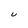
Character: U